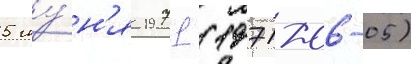
5 иу́н'я 1971 (1971-06-05)